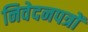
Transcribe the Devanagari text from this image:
निवेदनपत्रों